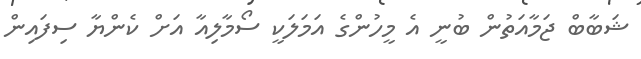
ޝަބާބް ޖަމާއަތުން ބުނީ އެ މީހުންގެ އަމަލަކީ ސޯމާލިއާ އަށް ކެންޔާ ސިފައިން